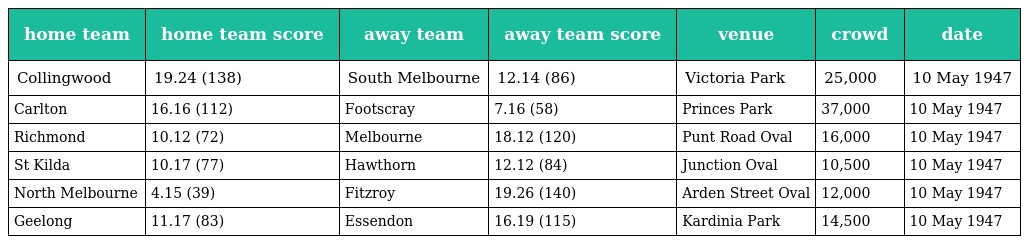
| home team | home team score | away team | away team score | venue | crowd | date |
 | --- | --- | --- | --- | --- | --- | --- |
 | Collingwood | 19.24 (138) | South Melbourne | 12.14 (86) | Victoria Park | 25,000 | 10 May 1947 |
 | Carlton | 16.16 (112) | Footscray | 7.16 (58) | Princes Park | 37,000 | 10 May 1947 |
 | Richmond | 10.12 (72) | Melbourne | 18.12 (120) | Punt Road Oval | 16,000 | 10 May 1947 |
 | St Kilda | 10.17 (77) | Hawthorn | 12.12 (84) | Junction Oval | 10,500 | 10 May 1947 |
 | North Melbourne | 4.15 (39) | Fitzroy | 19.26 (140) | Arden Street Oval | 12,000 | 10 May 1947 |
 | Geelong | 11.17 (83) | Essendon | 16.19 (115) | Kardinia Park | 14,500 | 10 May 1947 |